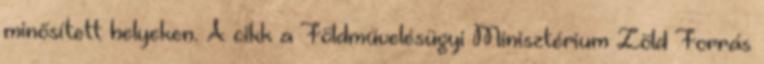
minősített helyeken. A cikk a Földművelésügyi Minisztérium Zöld Forrás